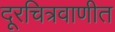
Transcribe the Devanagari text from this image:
दूरचित्रवाणीत